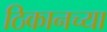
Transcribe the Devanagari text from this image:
ठिकानच्या